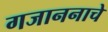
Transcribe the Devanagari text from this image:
गजाननाचे